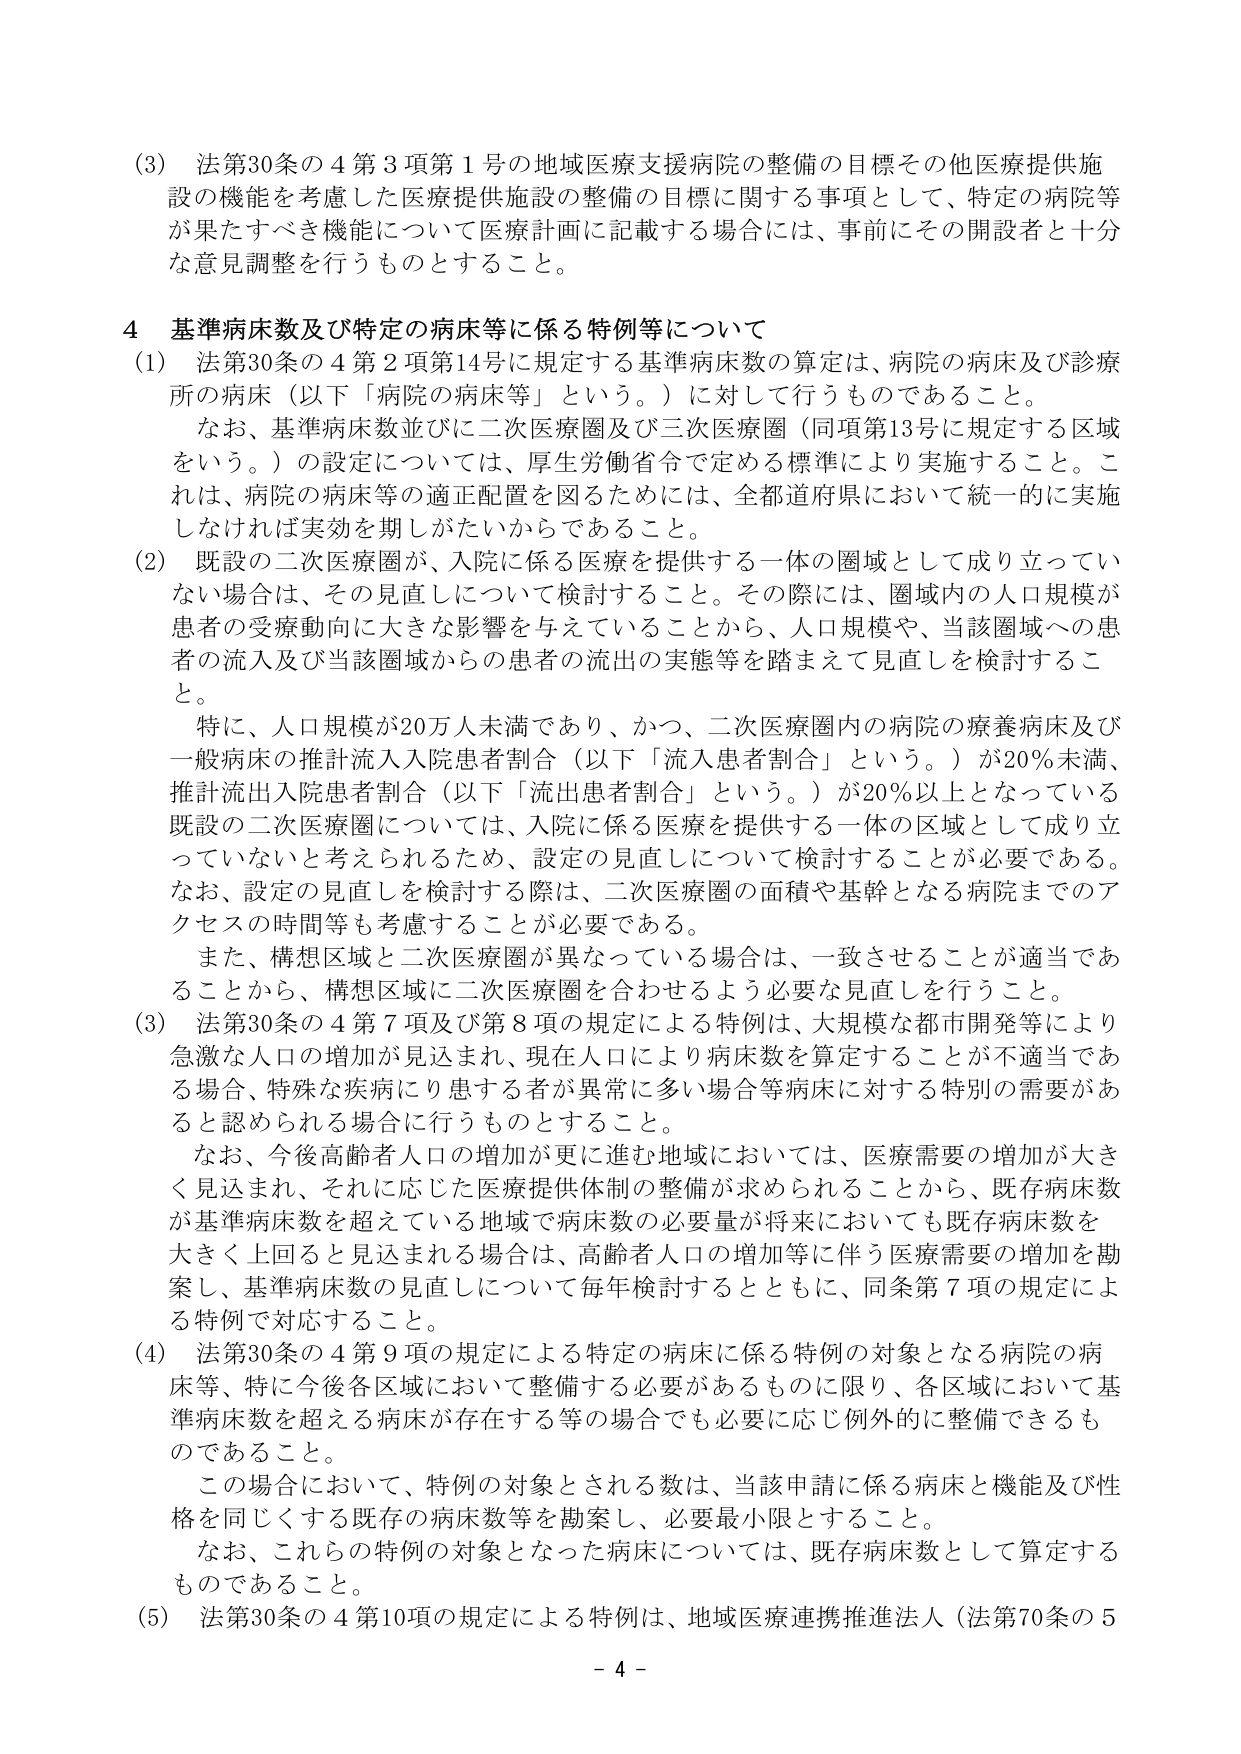
(3) 法第30条の4第3項第1号の地域医療支援病院の整備の目標その他医療提供施設の機能を考慮した医療提供施設の整備の目標に関する事項として、特定の病院等が果たすべき機能について医療計画に記載する場合には、事前にその開設者と十分な意見調整を行うものとする。

4 基準病床数及び特定の病床等に係る特例等について

(1) 法第30条の4第2項第14号に規定する基準病床数の算定は、病院の病床及び診療所の病床（以下「病院の病床等」という。）に対して行うものであること。

　なお、基準病床数並びに二次医療圏及び三次医療圏（同項第13号に規定する区域をいう。）の設定については、厚生労働省令で定める標準により実施すること。これは、病院の病床等の適正配置を図るためには、全都道府県において統一的に実施しなければ実効を期しがたいからである。

(2) 既設の二次医療圏が、入院に係る医療を提供する一体の圏域として成り立っていない場合は、その見直しについて検討すること。その際には、圏域内の人ロ規模が患者の受療動向に大きな影響を与えていることから、人口規模や、当該圏域への患者の流入及び当該圏域からの患者の流出の実態等を踏まえて見直しを検討すること。

　特に、人口規模が20万人未満であり、かつ、二次医療圏内の病院の療養病床及び一般病床の推計流入入院患者割合（以下「流入患者割合」という。）が20％未満、推計流出入院患者割合（以下「流出患者割合」という。）が20％以上となっている既設の二次医療圏については、入院に係る医療を提供する一体の区域として成り立っていないと考えられるため、設定の見直しについて検討することが必要である。なお、設定の見直しを検討する際は、二次医療圏の面積や基幹となる病院までのアクセスの時間等も考慮することが必要である。

　また、構想区域と二次医療圏が異なっている場合は、一致させることが適当であることから、構想区域に二次医療圏を合わせるよう必要な見直しを行うこと。

(3) 法第30条の4第7項及び第8項の規定による特例は、大規模な都市開発等により急激な人口の増加が見込まれ、現在人口により病床数を算定することが不適当である場合、特殊な疾病にり患する者が異常に多い場合等病床に対する特別の需要があると認められる場合に行うものとすること。

　なお、今後高齢者人口の増加が更に進む地域においては、医療需要の増加が大きく見込まれ、それに応じた医療提供体制の整備が求められることから、既存病床数が基準病床数を超えている地域で病床数の必要量が将来においても既存病床数を大きく上回ると見込まれる場合は、高齢者人口の増加等に伴う医療需要の増加を勘案し、基準病床数の見直しについて毎年検討するとともに、同条第7項の規定による特例で対応すること。

(4) 法第30条の4第9項の規定による特定の病床に係る特例の対象となる病院の病床等、特に今後各区域において整備する必要があるものに限り、各区域において基準病床数を超える病床が存在する等の場合でも必要に応じ例外的に整備できるものであること。

　この場合において、特例の対象とされる数は、当該申請に係る病床と機能及び性格を同じくする既存の病床数等を勘案し、必要最小限とすること。

　なお、これらの特例の対象となった病床については、既存病床数として算定するものであること。

(5) 法第30条の4第10項の規定による特例は、地域医療連携推進法人（法第70条の5

- 4 -